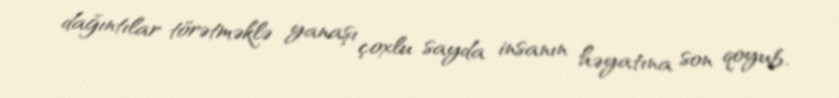
dağıntılar törətməklə yanaşı çoxlu sayda insanın həyatına son qoyub.